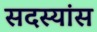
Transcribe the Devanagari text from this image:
सदस्यांस